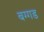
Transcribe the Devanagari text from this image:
बग्‍गड